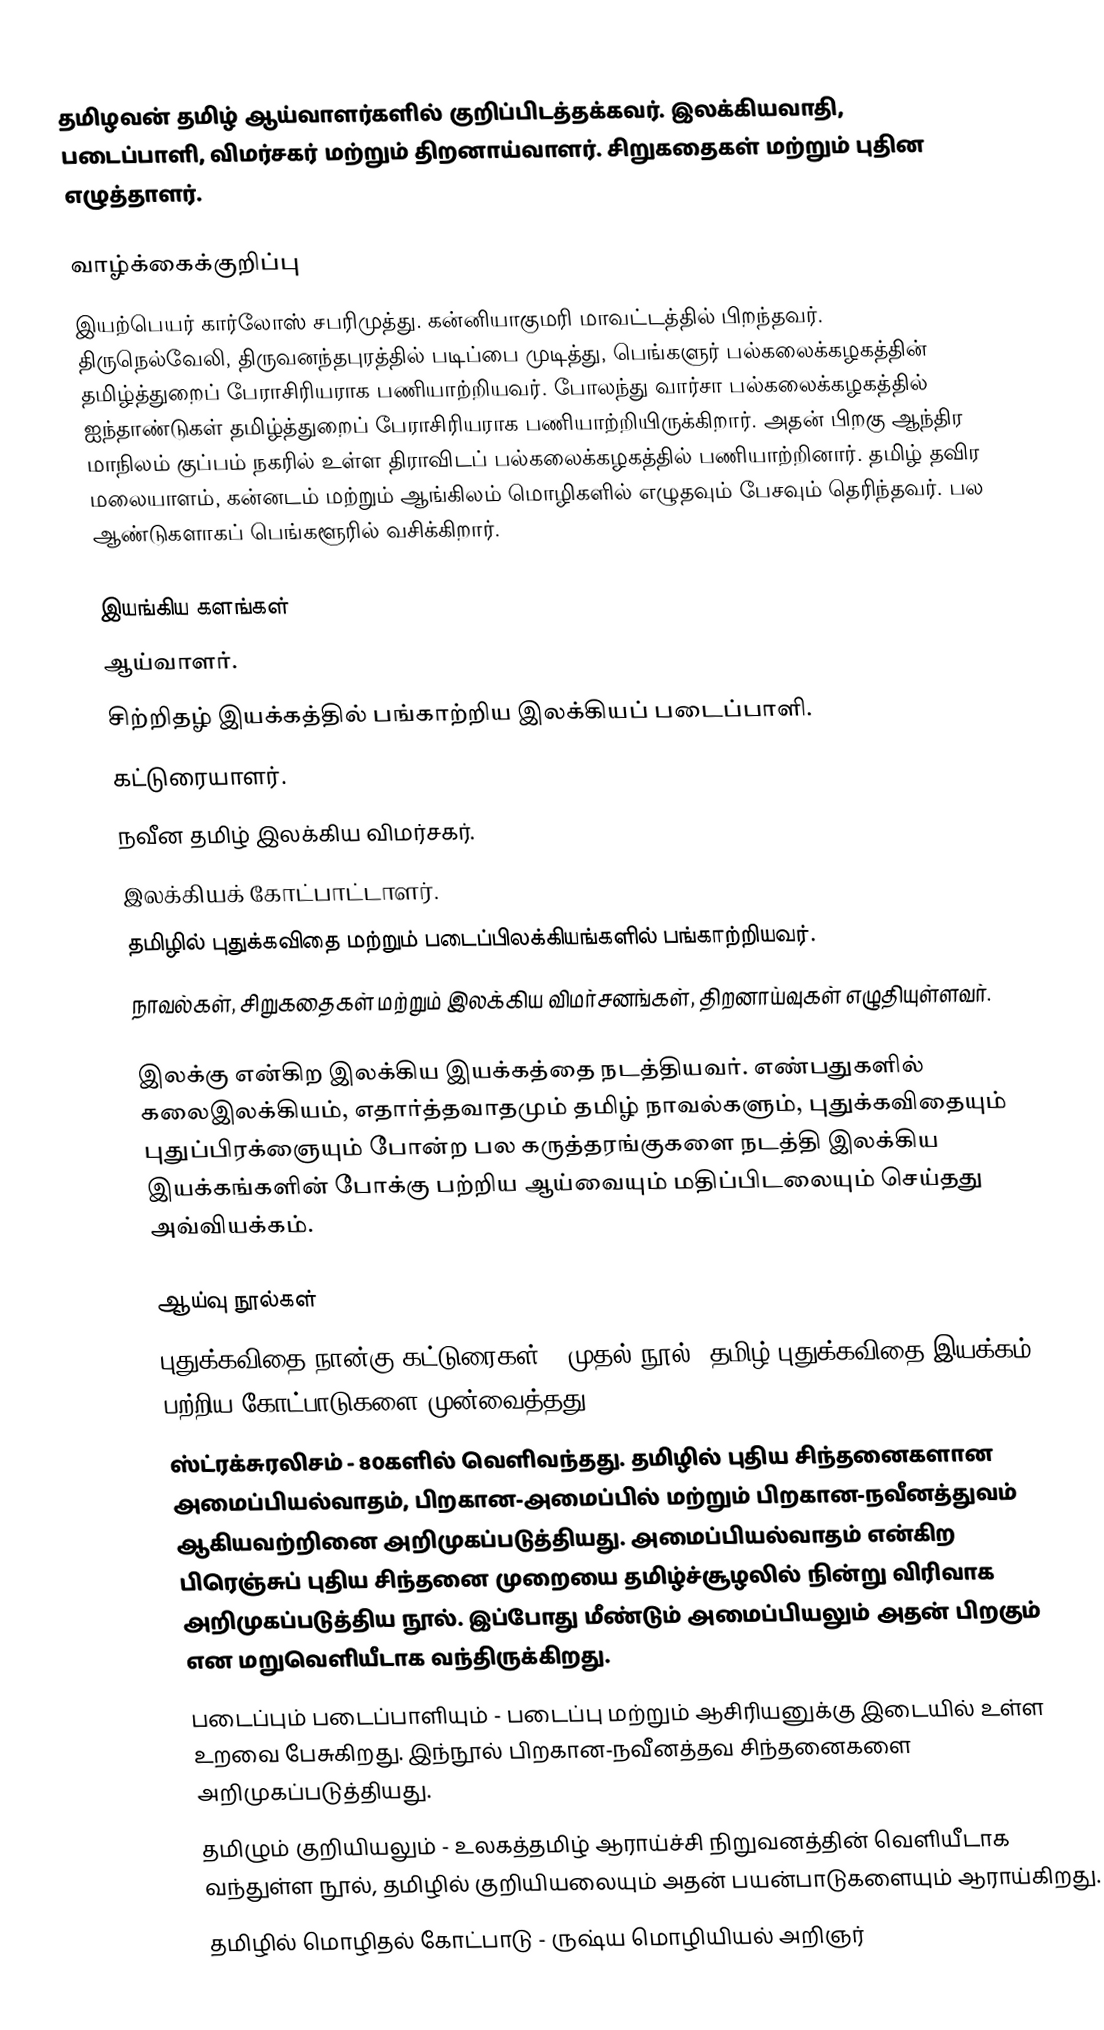
தமிழவன் தமிழ் ஆய்வாளர்களில் குறிப்பிடத்தக்கவர். இலக்கியவாதி, படைப்பாளி, விமர்சகர் மற்றும் திறனாய்வாளர். சிறுகதைகள் மற்றும் புதின எழுத்தாளர்.

வாழ்க்கைக்குறிப்பு
இயற்பெயர் கார்லோஸ் சபரிமுத்து. கன்னியாகுமரி மாவட்டத்தில் பிறந்தவர். திருநெல்வேலி, திருவனந்தபுரத்தில் படிப்பை முடித்து, பெங்களுர் பல்கலைக்கழகத்தின் தமிழ்த்துறைப் பேராசிரியராக பணியாற்றியவர். போலந்து வார்சா பல்கலைக்கழகத்தில் ஐந்தாண்டுகள் தமிழ்த்துறைப் பேராசிரியராக பணியாற்றியிருக்கிறார். அதன் பிறகு ஆந்திர மாநிலம் குப்பம் நகரில் உள்ள திராவிடப் பல்கலைக்கழகத்தில் பணியாற்றினார். தமிழ் தவிர மலையாளம், கன்னடம் மற்றும் ஆங்கிலம் மொழிகளில் எழுதவும் பேசவும் தெரிந்தவர். பல ஆண்டுகளாகப் பெங்களூரில் வசிக்கிறார்.

இயங்கிய களங்கள்
 ஆய்வாளர்.
 சிற்றிதழ் இயக்கத்தில் பங்காற்றிய இலக்கியப் படைப்பாளி.
 கட்டுரையாளர்.
 நவீன தமிழ் இலக்கிய விமர்சகர்.
 இலக்கியக் கோட்பாட்டாளர்.
 தமிழில் புதுக்கவிதை மற்றும் படைப்பிலக்கியங்களில் பங்காற்றியவர்.
 நாவல்கள், சிறுகதைகள் மற்றும் இலக்கிய விமர்சனங்கள், திறனாய்வுகள் எழுதியுள்ளவர்.

இலக்கு என்கிற இலக்கிய இயக்கத்தை நடத்தியவர். எண்பதுகளில் கலைஇலக்கியம், எதார்த்தவாதமும் தமிழ் நாவல்களும், புதுக்கவிதையும் புதுப்பிரக்ஞையும் போன்ற பல கருத்தரங்குகளை நடத்தி இலக்கிய இயக்கங்களின் போக்கு பற்றிய ஆய்வையும் மதிப்பிடலையும் செய்தது அவ்வியக்கம்.

ஆய்வு நூல்கள்
 புதுக்கவிதை நான்கு கட்டுரைகள் - முதல் நூல். தமிழ் புதுக்கவிதை இயக்கம் பற்றிய கோட்பாடுகளை முன்வைத்தது.
 ஸ்ட்ரக்சுரலிசம் - 80களில் வெளிவந்தது. தமிழில் புதிய சிந்தனைகளான அமைப்பியல்வாதம், பிறகான-அமைப்பில் மற்றும் பிறகான-நவீனத்துவம் ஆகியவற்றினை அறிமுகப்படுத்தியது. அமைப்பியல்வாதம் என்கிற பிரெஞ்சுப் புதிய சிந்தனை முறையை தமிழ்ச்சூழலில் நின்று விரிவாக அறிமுகப்படுத்திய நூல். இப்போது மீண்டும் அமைப்பியலும் அதன் பிறகும் என மறுவெளியீடாக வந்திருக்கிறது.
 படைப்பும் படைப்பாளியும் - படைப்பு மற்றும் ஆசிரியனுக்கு இடையில் உள்ள உறவை பேசுகிறது. இந்நூல் பிறகான-நவீனத்தவ சிந்தனைகளை அறிமுகப்படுத்தியது.
 தமிழும் குறியியலும் - உலகத்தமிழ் ஆராய்ச்சி நிறுவனத்தின் வெளியீடாக வந்துள்ள நூல், தமிழில் குறியியலையும் அதன் பயன்பாடுகளையும் ஆராய்கிறது.
 தமிழில் மொழிதல் கோட்பாடு - ருஷ்ய மொழியியல் அறிஞர்